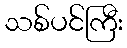
သစ်ပင်ကြီး